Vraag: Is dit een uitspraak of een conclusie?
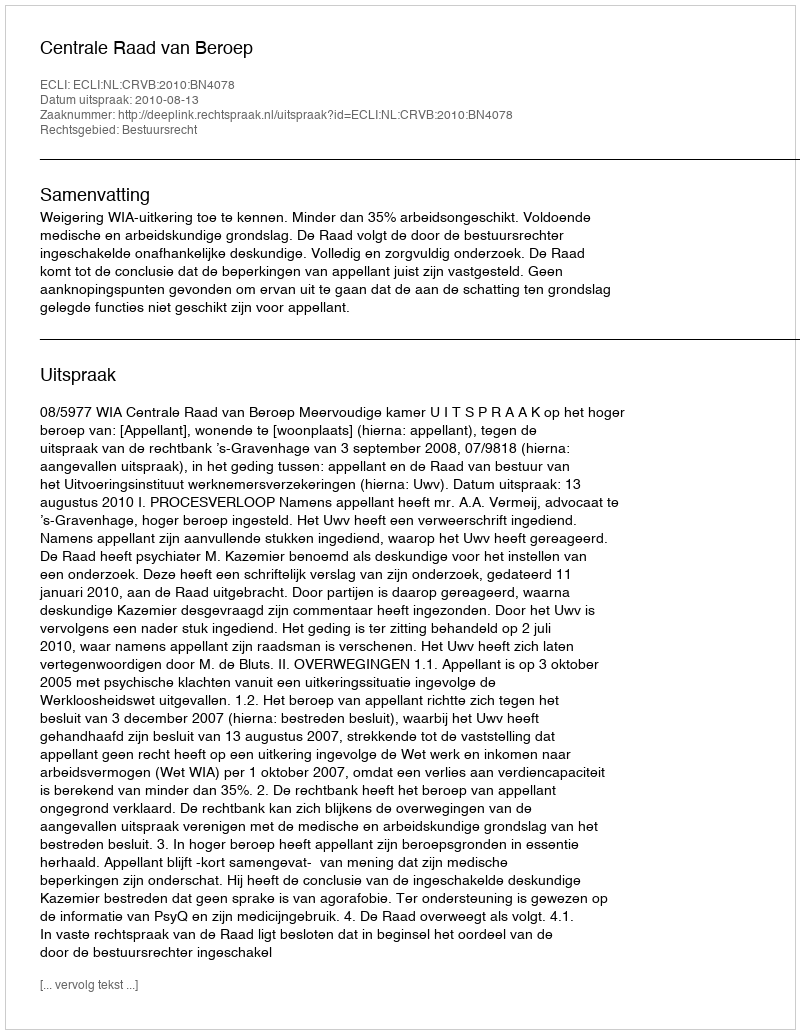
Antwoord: Uitspraak